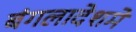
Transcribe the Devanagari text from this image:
बंगलादेशमे